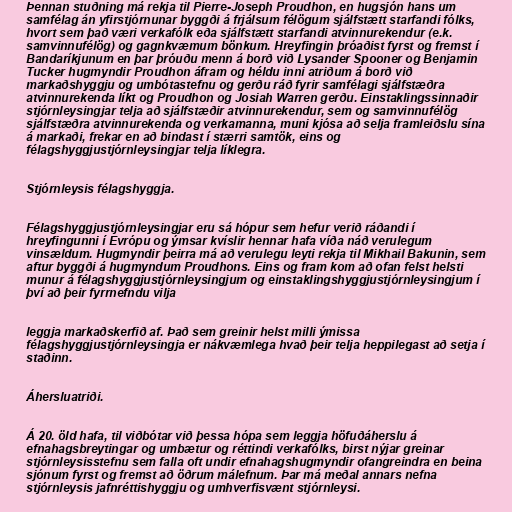
Þennan stuðning má rekja til Pierre-Joseph Proudhon, en hugsjón hans um
samfélag án yfirstjórnunar byggði á frjálsum félögum sjálfstætt starfandi fólks,
hvort sem það væri verkafólk eða sjálfstætt starfandi atvinnurekendur (e.k.
samvinnufélög) og gagnkvæmum bönkum. Hreyfingin þróaðist fyrst og fremst í
Bandaríkjunum en þar þróuðu menn á borð við Lysander Spooner og Benjamin
Tucker hugmyndir Proudhon áfram og héldu inni atriðum á borð við
markaðshyggju og umbótastefnu og gerðu ráð fyrir samfélagi sjálfstæðra
atvinnurekenda líkt og Proudhon og Josiah Warren gerðu. Einstaklingssinnaðir
stjórnleysingjar telja að sjálfstæðir atvinnurekendur, sem og samvinnufélög
sjálfstæðra atvinnurekenda og verkamanna, muni kjósa að selja framleiðslu sína
á markaði, frekar en að bindast í stærri samtök, eins og
félagshyggjustjórnleysingjar telja líklegra.

Stjórnleysis félagshyggja.

Félagshyggjustjórnleysingjar eru sá hópur sem hefur verið ráðandi í
hreyfingunni í Evrópu og ýmsar kvíslir hennar hafa víða náð verulegum
vinsældum. Hugmyndir þeirra má að verulegu leyti rekja til Mikhail Bakunin, sem
aftur byggði á hugmyndum Proudhons. Eins og fram kom að ofan felst helsti
munur á félagshyggjustjórnleysingjum og einstaklingshyggjustjórnleysingjum í
því að þeir fyrrnefndu vilja

leggja markaðskerfið af. Það sem greinir helst milli ýmissa
félagshyggjustjórnleysingja er nákvæmlega hvað þeir telja heppilegast að setja í
staðinn.

Áhersluatriði.

Á 20. öld hafa, til viðbótar við þessa hópa sem leggja höfuðáherslu á
efnahagsbreytingar og umbætur og réttindi verkafólks, birst nýjar greinar
stjórnleysisstefnu sem falla oft undir efnahagshugmyndir ofangreindra en beina
sjónum fyrst og fremst að öðrum málefnum. Þar má meðal annars nefna
stjórnleysis jafnréttishyggju og umhverfisvænt stjórnleysi.